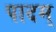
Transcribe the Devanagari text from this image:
पादम्